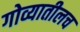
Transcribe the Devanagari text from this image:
गोव्यातीलच